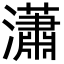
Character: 瀟